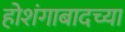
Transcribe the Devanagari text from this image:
होशंगाबादच्या